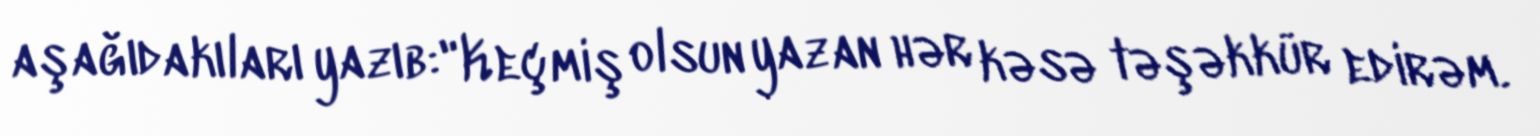
aşağıdakıları yazıb:"Keçmiş olsun yazan hər kəsə təşəkkür edirəm.